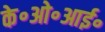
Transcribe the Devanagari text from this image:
के॰ओ॰आई॰